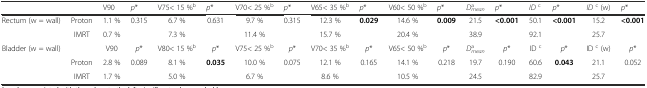
|  |  | V90 | p* | V75< 15 %b | p* | V70< 25 %b | p* | V65< 35 %b | p* | V60< 50 %b | p* | Dmeana | p* | IDc | p* | IDc (w) | p* |
 | --- | --- | --- | --- | --- | --- | --- | --- | --- | --- | --- | --- | --- | --- | --- | --- | --- | --- |
 | <ROWSPAN=2> Rectum (w = wall) | Proton | 1.1 % | <ROWSPAN=2> 0.315 | 6.7 % | <ROWSPAN=2> 0.631 | 9.7 % | <ROWSPAN=2> 0.315 | 12.3 % | <ROWSPAN=2> 0.029 | 14.6 % | <ROWSPAN=2> 0.009 | 21.5 | <ROWSPAN=2> <0.001 | 50.1 | <ROWSPAN=2> <0.001 | 15.2 | <ROWSPAN=2> <0.001 |
 | IMRT | 0.7 % | 7.3 % | 11.4 % | 15.7 % | 20.4 % | 38.9 | 92.1 | 25.7 |
 | <ROWSPAN=3> Bladder (w = wall) |  | V90 | p* | V80< 15 %b | p* | V75< 25 %b | p* | V70< 35 %b | p* | V65< 50 %b | p* | Dmeana | p* | ID c | p* | ID c (w) | p* |
 | Proton | 2.8 % | <ROWSPAN=2> 0.089 | 8.1 % | <ROWSPAN=2> 0.035 | 10.0 % | <ROWSPAN=2> 0.075 | 12.1 % | <ROWSPAN=2> 0.165 | 14.1 % | <ROWSPAN=2> 0.218 | 19.7 | <ROWSPAN=2> 0.190 | 60.6 | <ROWSPAN=2> 0.043 | 21.1 | <ROWSPAN=2> 0.052 |
 | IMRT | 1.7 % | 5.0 % | 6.7 % | 8.6 % | 10.5 % | 24.5 | 82.9 | 25.7 |